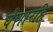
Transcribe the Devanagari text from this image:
घेणारहि